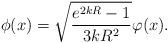
\begin{align*}\phi (x) = \sqrt{\frac{e^{2kR}-1}{3 kR^2}} \varphi (x).\end{align*}